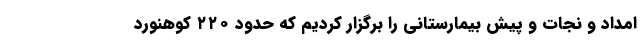
امداد و نجات و پیش بیمارستانی را برگزار کردیم که حدود ۲۲۰ کوهنورد